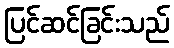
ပြင်ဆင်ခြင်းသည်